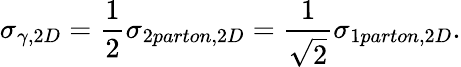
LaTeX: \sigma_{\gamma,2D}={\frac{1}{2}}\sigma_{2parton,2D}={\frac{1}{\sqrt{2}}}\sigma_{1parton,2D}.